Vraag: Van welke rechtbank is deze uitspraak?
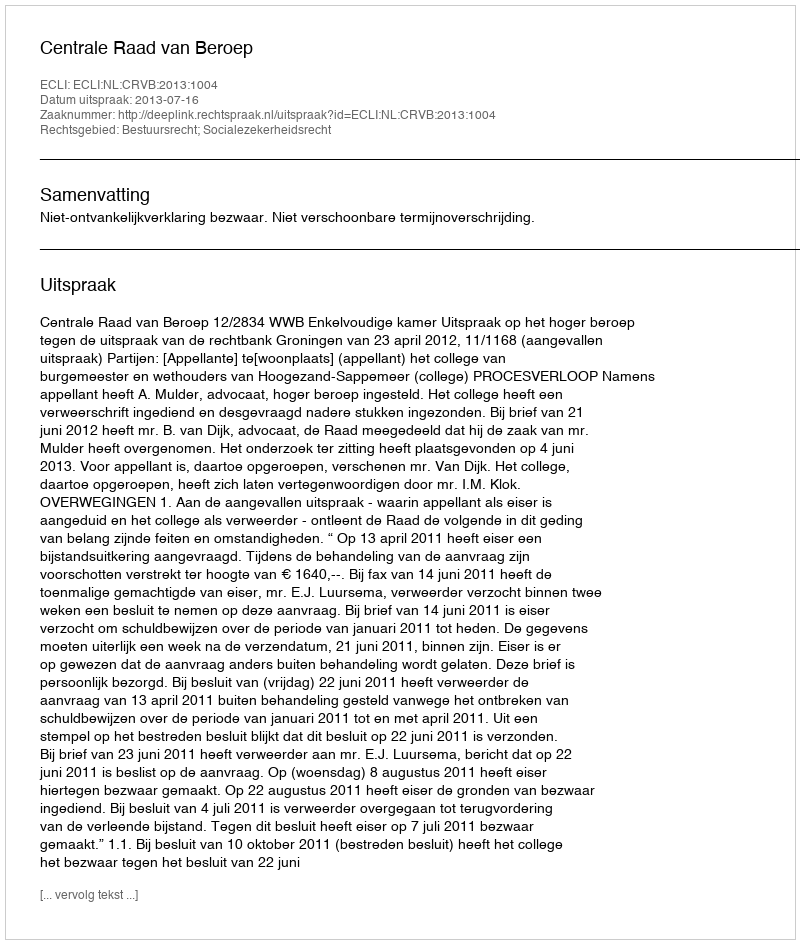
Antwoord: Centrale Raad van Beroep